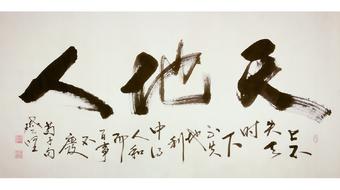
上不失天时，下不失地利，中得人和，而百事不废。